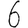
Digit: 6